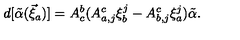
d [ { \tilde { \alpha } } ( \vec { \xi } _ { a } ) ] = A _ { c } ^ { b } ( A _ { a , j } ^ { c } \xi _ { b } ^ { j } - A _ { b , j } ^ { c } \xi _ { a } ^ { j } ) { \tilde { \alpha } } .